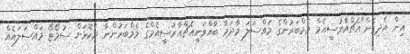
އިން އެދިގެން"އެޗްއާރުސީއެމް މެމްބަރުންގެ މައްސަލަ މާދަމާ ބާއްވަނީއެޗްއާރުސީއެމްގެ މެމްބަރުންނާ ދެކޮޅަށް ސުމޯޓޯ މައްސަލައެއް